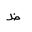
Letter: _za